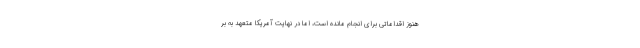
هنوز اقداماتی برای انجام مانده است، اما در نهایت آمریکا متعهد به بر